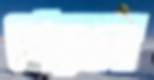
পেরুলে